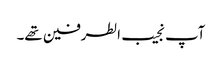
آپ نجیب الطرفین تھے۔